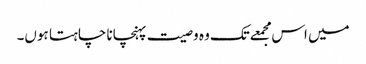
میں اس مجمعےتک وہ وصیت پہنچانا چاہتا ہوں۔